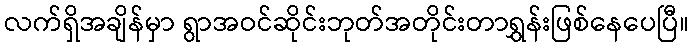
လက်ရှိအချိန်မှာ ရွာအဝင်ဆိုင်းဘုတ်အတိုင်းတာရွှန်းဖြစ်နေပေပြီ။